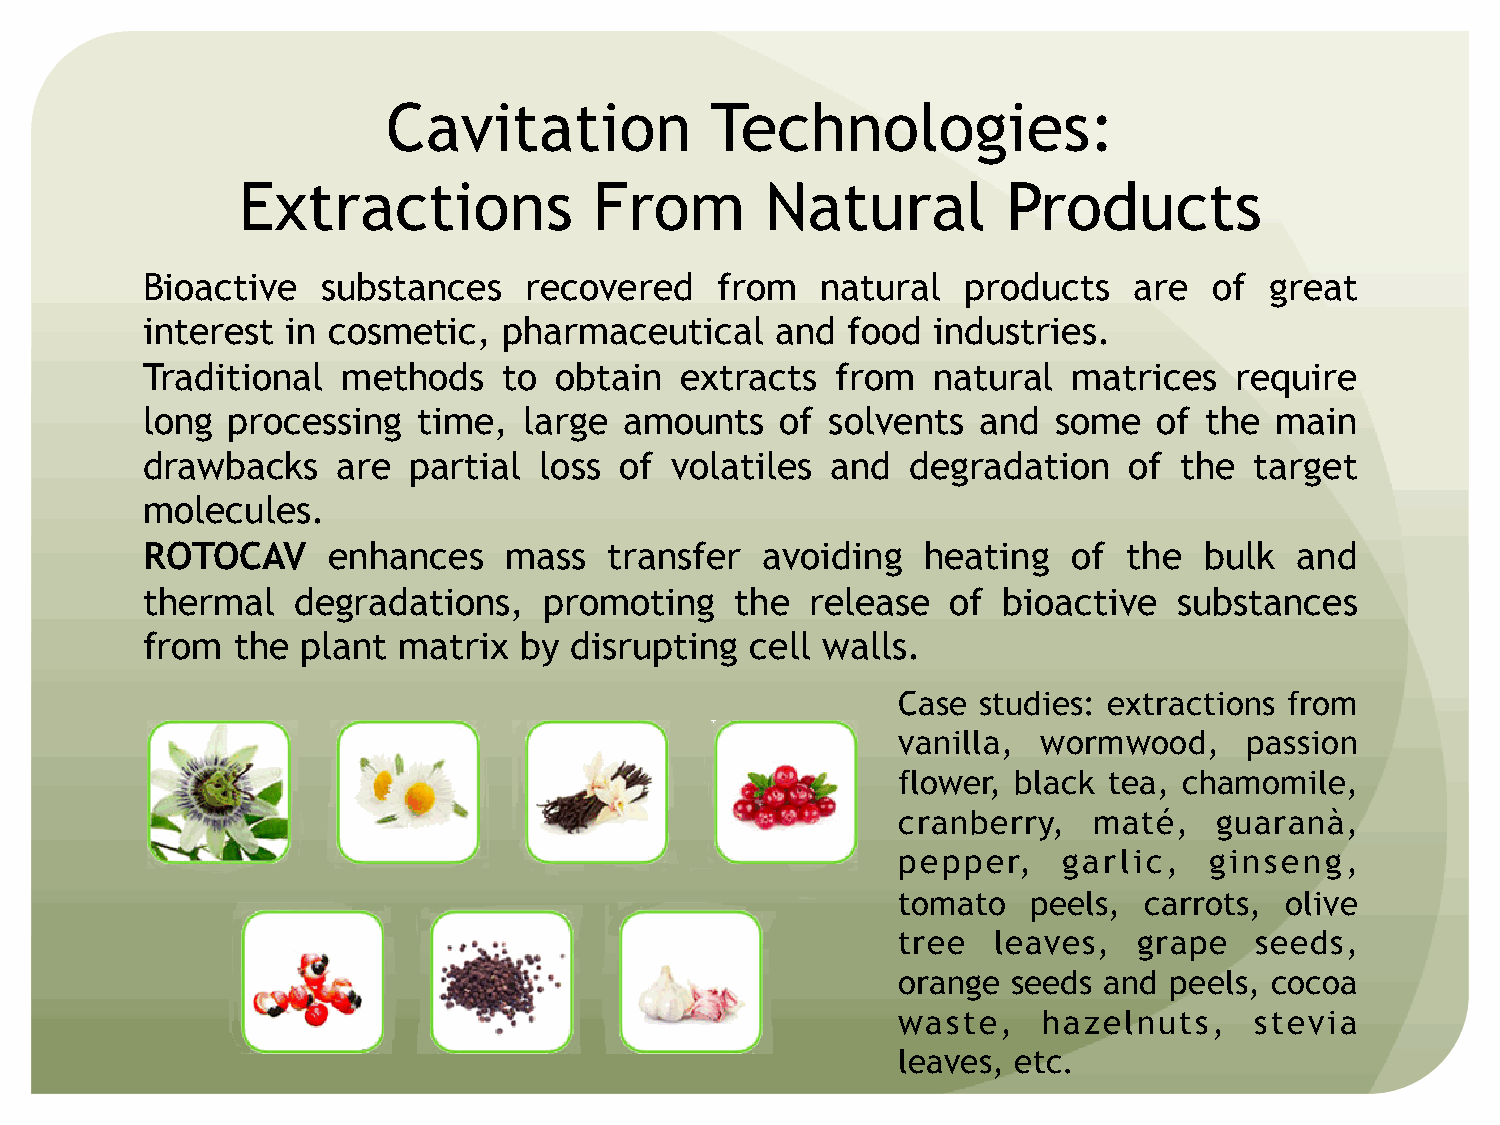
Cavitation           Technologies:
 Extractions            From        Natural         Products
 Bioactive   substances    recovered   from   natural   products   are  of  great
 interest  in cosmetic,  pharmaceutical    and  food  industries.
 Traditional   methods   to  obtain  extracts  from   natural  matrices   require
 long  processing   time,  large amounts    of solvents  and  some   of the main
 drawbacks    are  partial  loss of volatiles  and  degradation    of the  target
 molecules.
 ROTOCAV      enhances   mass   transfer   avoiding  heating   of  the  bulk  and
 thermal   degradations,    promoting    the  release  of bioactive   substances
 from  the  plant matrix  by  disrupting  cell walls.
 Case  studies: extractions from
 vanilla,  wormwood,     passion
 flower, black tea, chamomile,
 cranberry,   maté,    guaranà,
 pepper,    garlic,   ginseng,
 tomato   peels,  carrots, olive
 tree   leaves,  grape   seeds,
 orange  seeds and peels, cocoa
 waste,    hazelnuts,    stevia
 leaves, etc.